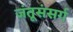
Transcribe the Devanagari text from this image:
जंतूसंसर्ग